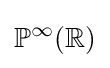
\mathbb {P} ^{\infty }(\mathbb {R} )